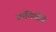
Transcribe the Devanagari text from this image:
उपधियोंमे